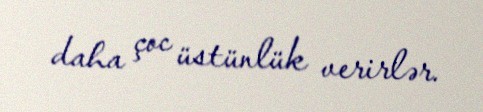
daha çoc üstünlük verirlər.